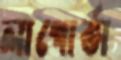
লাপোর্তা